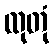
ထုတုံ